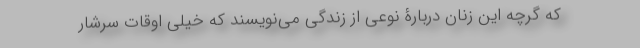
که گرچه این زنان دربارۀ نوعی از زندگی می‌نویسند که خیلی اوقات سرشار